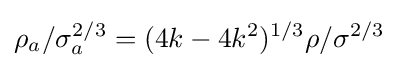
\rho _{a}/\sigma _{a}^{2/3}=(4k-4k^{2})^{1/3}\rho /\sigma ^{2/3}